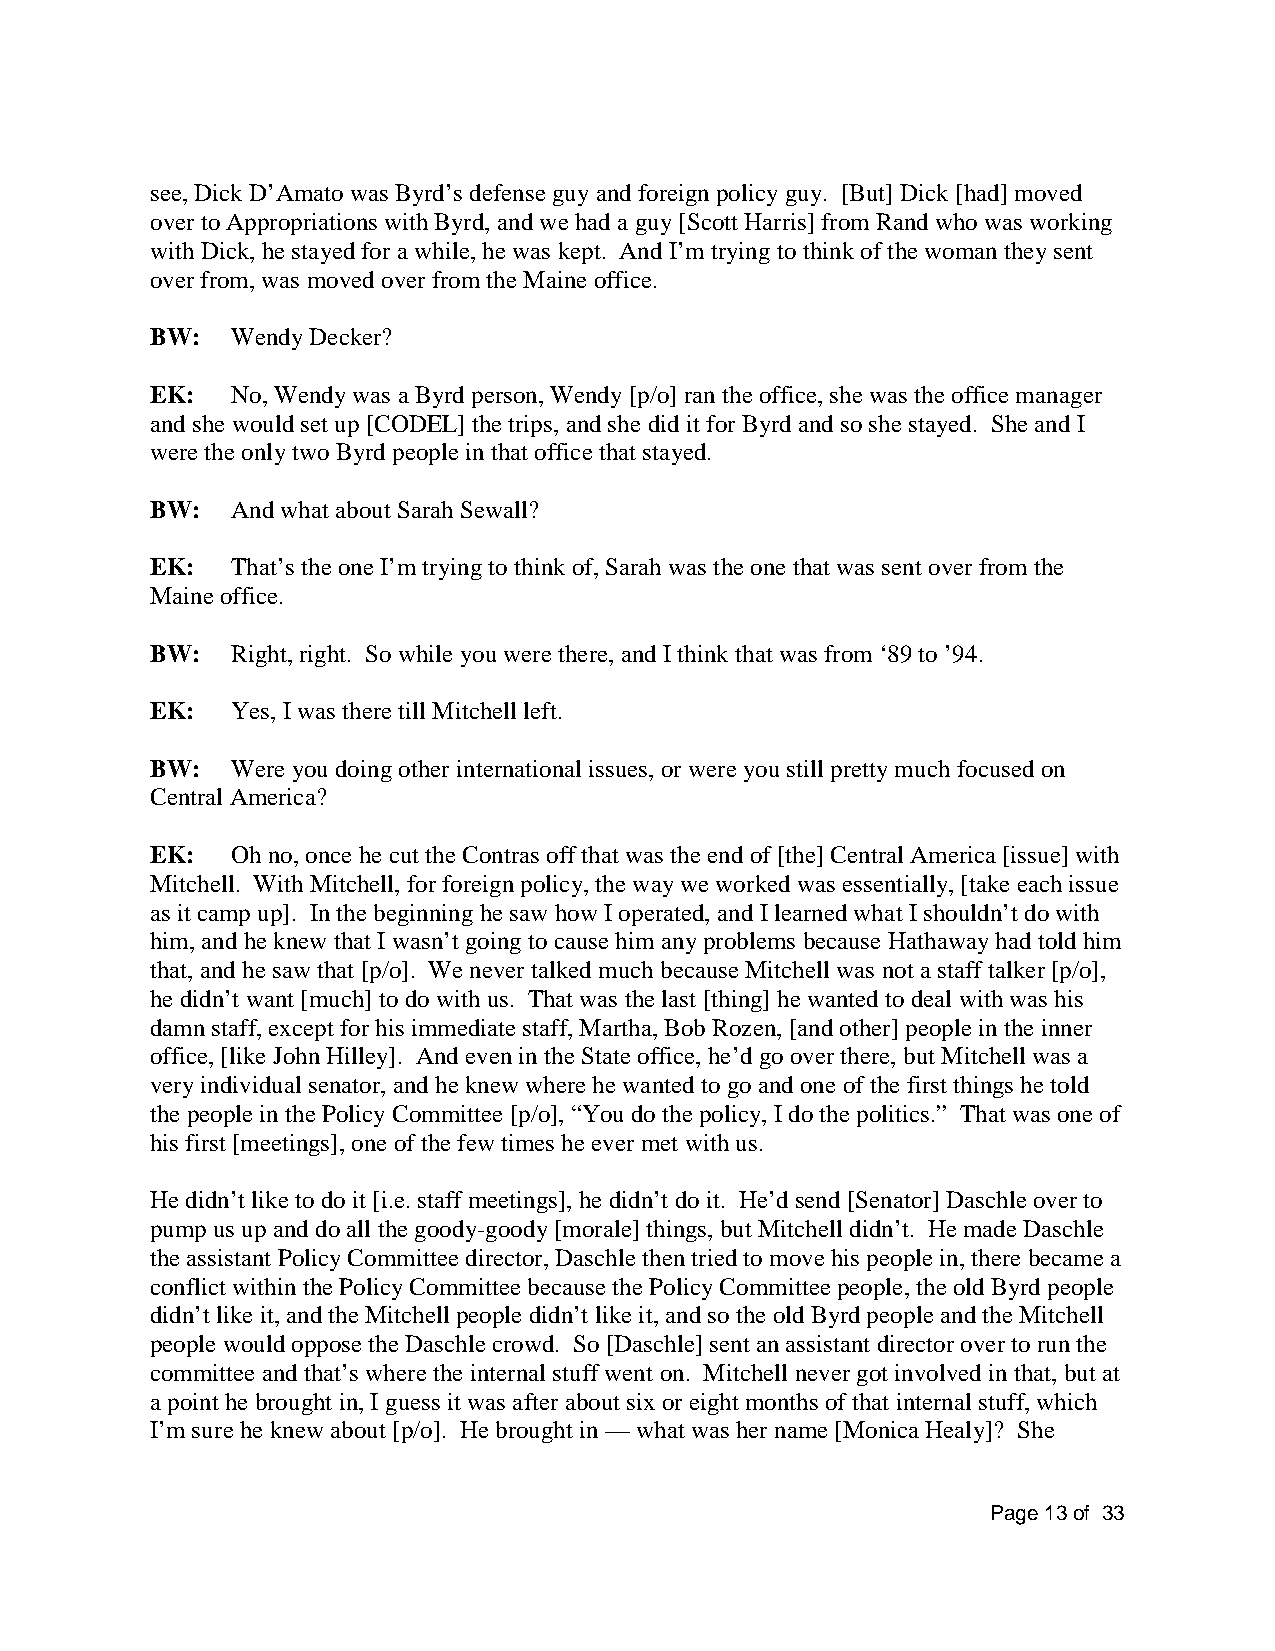
see, Dick D’Amato was Byrd’s defense guy and foreign policy guy. [But] Dick [had] moved
 over to Appropriations with Byrd, and we had a guy [Scott Harris] from Rand who was working
 with Dick, he stayed for a while, he was kept. And I’m trying to think of the woman they sent
 over from, was moved over from the Maine office.
 BW:  Wendy Decker?
 EK:  No, Wendy was a Byrd person, Wendy [p/o] ran the office, she was the office manager
 and she would set up [CODEL] the trips, and she did it for Byrd and so she stayed. She and I
 were the only two Byrd people in that office that stayed.
 BW:  And what about Sarah Sewall?
 EK:  That’s the one I’m trying to think of, Sarah was the one that was sent over from the
 Maine office.
 BW:  Right, right. So while you were there, and I think that was from ‘89 to ’94.
 EK:  Yes, I was there till Mitchell left.
 BW:  Were you doing other international issues, or were you still pretty much focused on
 Central America?
 EK:  Oh no, once he cut the Contras off that was the end of [the] Central America [issue] with
 Mitchell. With Mitchell, for foreign policy, the way we worked was essentially, [take each issue
 as it camp up]. In the beginning he saw how I operated, and I learned what I shouldn’t do with
 him, and he knew that I wasn’t going to cause him any problems because Hathaway had told him
 that, and he saw that [p/o]. We never talked much because Mitchell was not a staff talker [p/o],
 he didn’t want [much] to do with us. That was the last [thing] he wanted to deal with was his
 damn staff, except for his immediate staff, Martha, Bob Rozen, [and other] people in the inner
 office, [like John Hilley]. And even in the State office, he’d go over there, but Mitchell was a
 very individual senator, and he knew where he wanted to go and one of the first things he told
 the people in the Policy Committee [p/o], “You do the policy, I do the politics.” That was one of
 his first [meetings], one of the few times he ever met with us.
 He didn’t like to do it [i.e. staff meetings], he didn’t do it. He’d send [Senator] Daschle over to
 pump us up and do all the goody-goody [morale] things, but Mitchell didn’t. He made Daschle
 the assistant Policy Committee director, Daschle then tried to move his people in, there became a
 conflict within the Policy Committee because the Policy Committee people, the old Byrd people
 didn’t like it, and the Mitchell people didn’t like it, and so the old Byrd people and the Mitchell
 people would oppose the Daschle crowd. So [Daschle] sent an assistant director over to run the
 committee and that’s where the internal stuff went on. Mitchell never got involved in that, but at
 a point he brought in, I guess it was after about six or eight months of that internal stuff, which
 I’m sure he knew about [p/o]. He brought in — what was her name [Monica Healy]? She
 Page 13 of 33